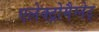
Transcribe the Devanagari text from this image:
एलेक्ट्रोमैग्नेट्